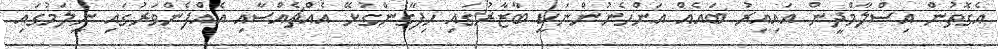
އެގޮތުން އިސްލާމްދީން އައިއިރު ބައެއް އަންހެނުންނަކީ ބާޒާރުގައި ހިފާގެންގުޅޭ އެއްޗެއްސާއި އެއްފެންވަރުގައި ނީލަމުގައި